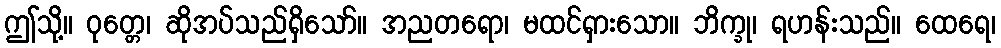
ဤသို့။ ဝုတ္တေ၊ ဆိုအပ်သည်ရှိသော်။ အညတရော၊ မထင်ရှားသော။ ဘိက္ခု၊ ရဟန်းသည်။ ထေရေ၊